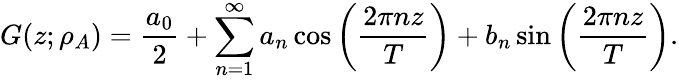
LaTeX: G(z;\rho_{A})=\frac{a_{0}}{2}+\sum_{n=1}^{\infty}a_{n}\cos{\bigg(\frac{2\pi nz}{T}\bigg)+b_{n}\sin{\bigg(\frac{2\pi nz}{T}\bigg)}}.